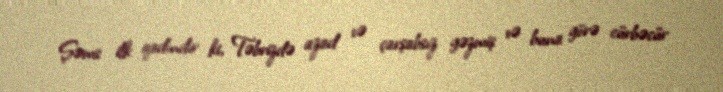
Şəms ilk qadındır ki, Təbrizdə azad və çarşabsız gəzmiş və buna görə cürbəcür